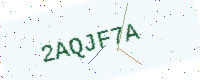
Text: 2AQJF7A